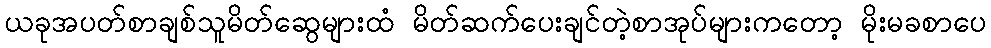
ယခုအပတ်စာချစ်သူမိတ်ဆွေများထံ မိတ်ဆက်ပေးချင်တဲ့စာအုပ်များကတော့ မိုးမခစာပေ